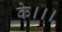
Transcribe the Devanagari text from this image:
के।।।